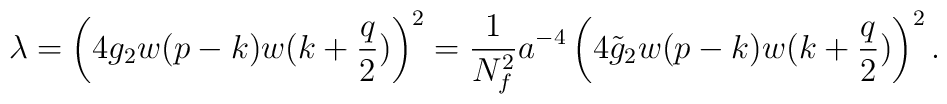
\lambda=\left(4g_2w(p-k)w(k+{q\over2})\right)^2={1\over N_f^2}a^{-4}\left(4\tilde g_2w(p-k)w(k+{q\over2})\right)^2.\nonumber